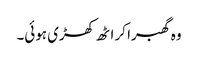
وہ گھبرا کر اٹھ کھڑی ہوئی۔